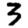
Digit: 3